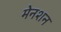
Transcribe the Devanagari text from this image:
मेनशन